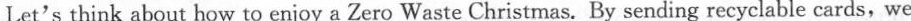
Let's think about how to enjoy a Zero Waste Christmas. By sending recyclable cards,we